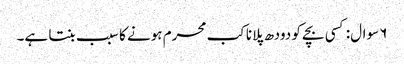
۶ سوال: کسی بچے کو دودھ پلانا کب محرم ہونے کا سبب بنتا ہے۔